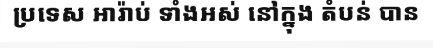
ប្រទេស អារ៉ាប់ ទាំងអស់ នៅក្នុង តំបន់ បាន